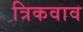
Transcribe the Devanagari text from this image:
त्रिकवाव